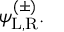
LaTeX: \psi _ { \mathrm { { L , R } } } ^ { ( \pm ) } .